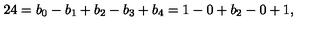
2 4 = b _ { 0 } - b _ { 1 } + b _ { 2 } - b _ { 3 } + b _ { 4 } = 1 - 0 + b _ { 2 } - 0 + 1 ,